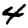
Digit: 4